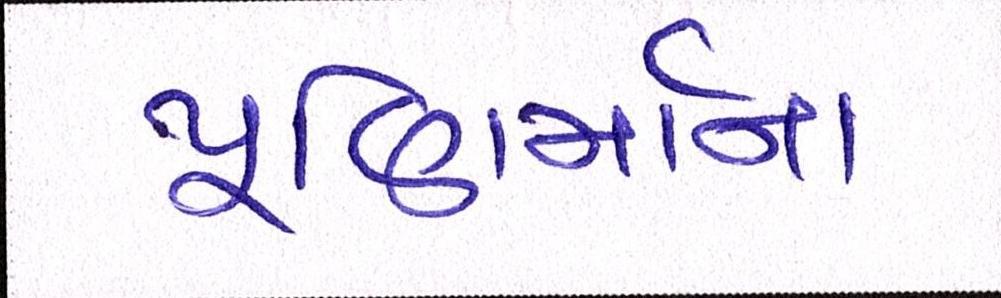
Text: પૂણિર્માના